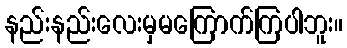
နည်းနည်းလေးမှမကြောက်ကြပါဘူး။